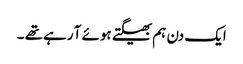
ایک دن ہم بھیگتے ہوئے آ رہے تھے ۔